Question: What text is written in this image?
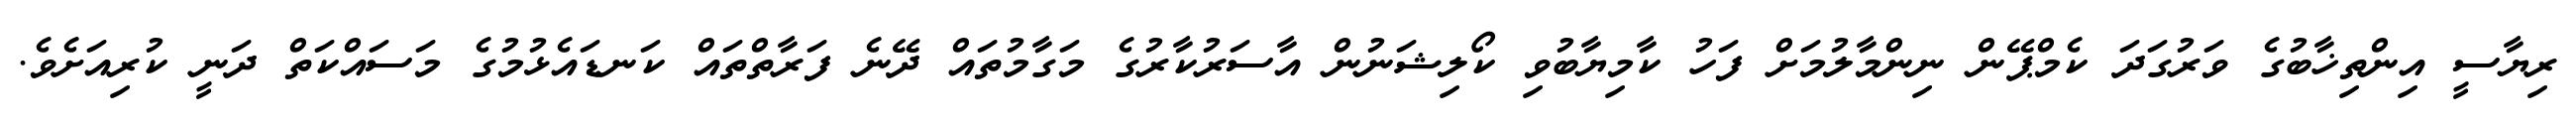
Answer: ރިޔާސީ އިންތިޚާބުގެ ވަރުގަދަ ކެމްޕޭން ނިންމާލުމަށް ފަހު ކާމިޔާބުވި ކޯލިޝަނުން އާސަރުކާރުގެ މަގާމުތައް ދޭނެ ފަރާތްތައް ކަނޑައެޅުމުގެ މަސައްކަތް ދަނީ ކުރިއަށެވެ.